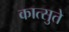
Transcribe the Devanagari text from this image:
कात्सुते